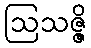
ဩသဇ္ဇိ